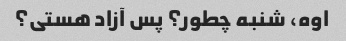
اوه، شنبه چطور؟ پس آزاد هستی؟